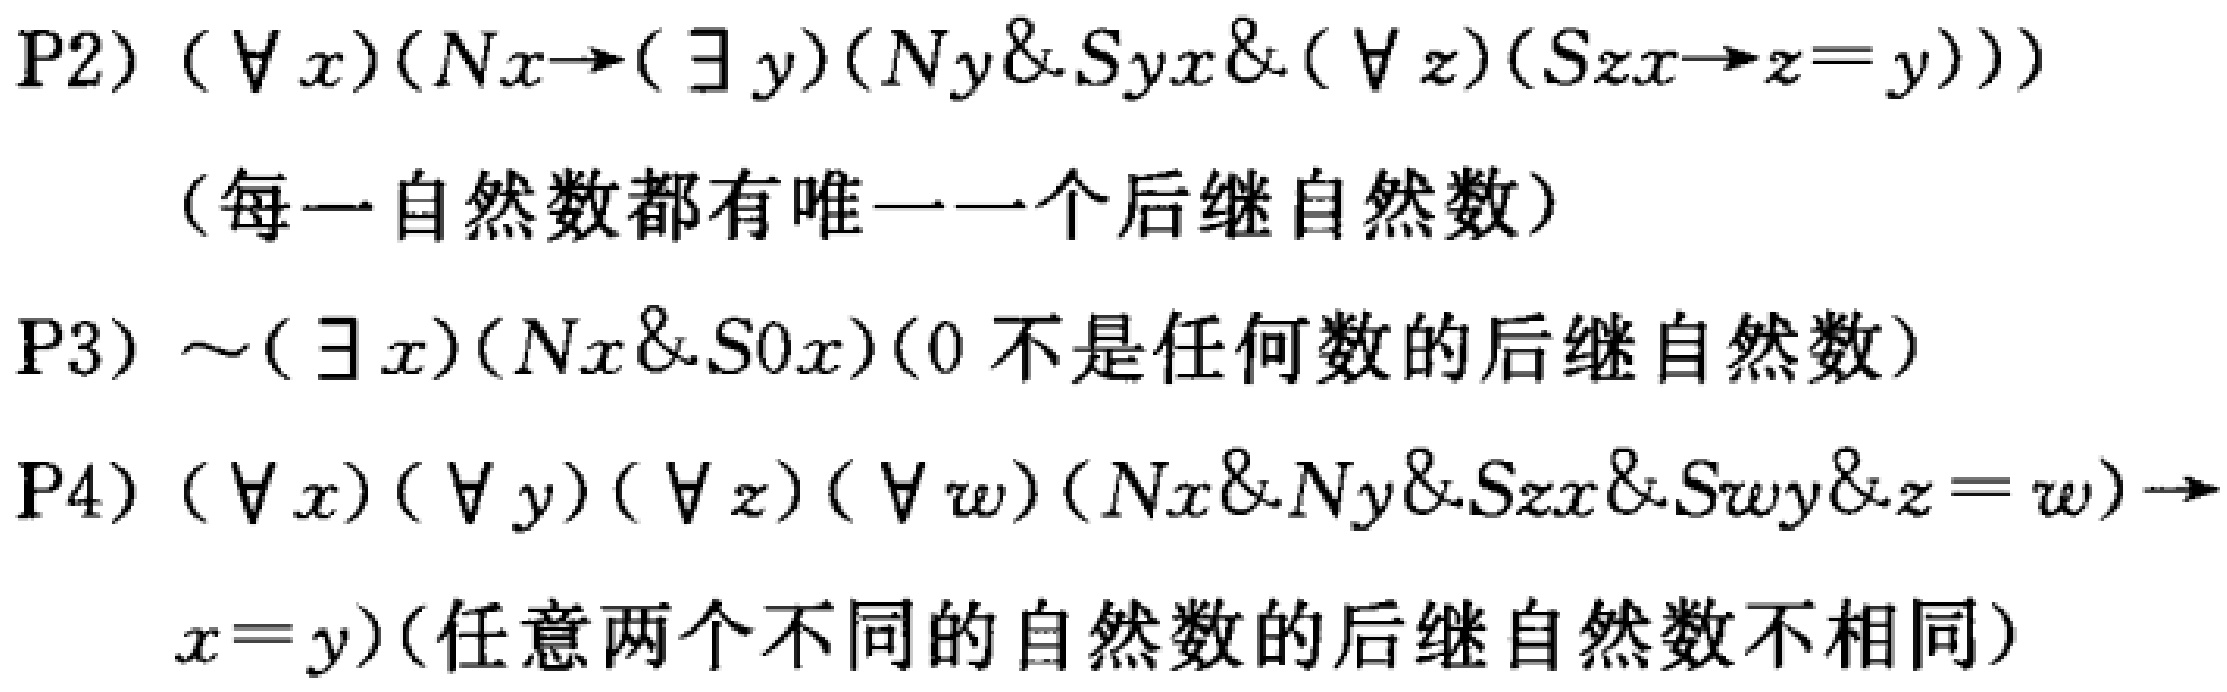
\begin{align*}

\text{P2)}& (\forall x)(Nx \to (\exists y)(Ny \& Syx \& (\forall z)(Szx \to z = y))) \\

& \text{(每一自然数都有唯一一个后继自然数)}\\

\text{P3)}& \sim(\exists x)(Nx \& S0x) \text{ (0不是任何数的后继自然数)}\\

\text{P4)}& (\forall x)(\forall y)(\forall z)(\forall w)(Nx \& Ny \& Szx \& Swy \& z = w) \to \\

& x = y) \text{ (任意两个不同的自然数的后继自然数不相同)}

\end{align*}